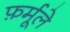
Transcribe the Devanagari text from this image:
फ़र्मूले